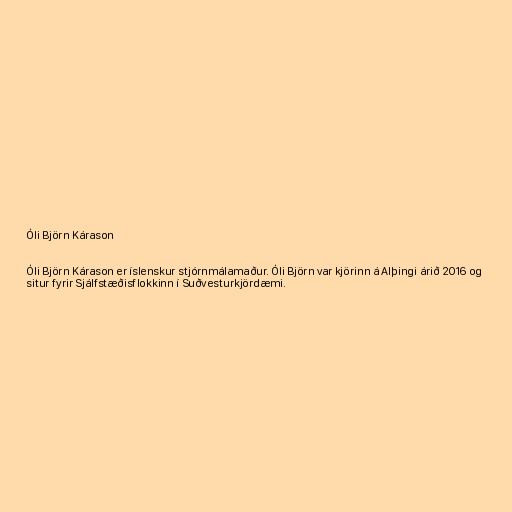
Óli Björn Kárason

Óli Björn Kárason er íslenskur stjórnmálamaður. Óli Björn var kjörinn á Alþingi árið 2016 og
situr fyrir Sjálfstæðisflokkinn í Suðvesturkjördæmi.